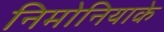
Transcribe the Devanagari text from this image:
निमोनियाके